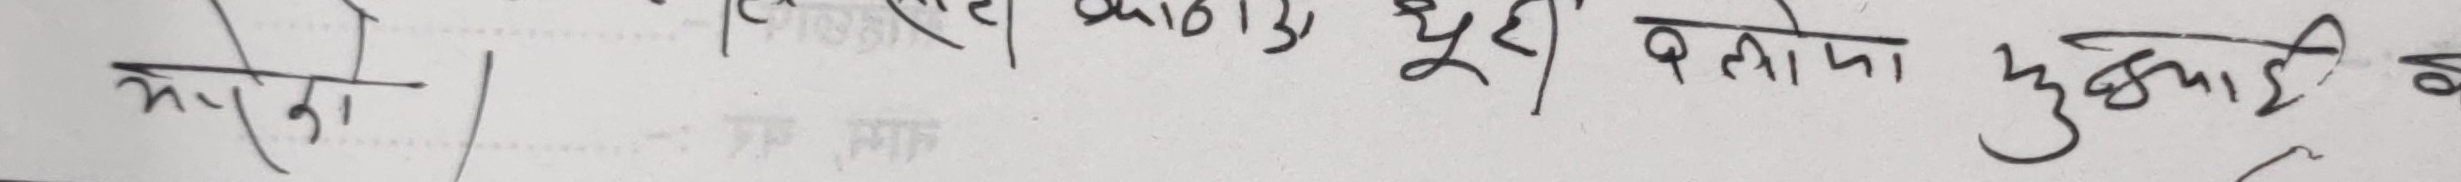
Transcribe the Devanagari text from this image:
मेरो | काठमाडौँ १३, घूरी बलायो उद्यकाही